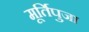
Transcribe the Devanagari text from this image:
मूर्तिपुजा